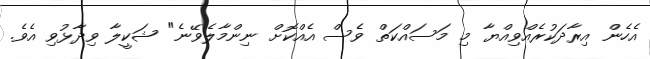
އެހެން އިރާދަކުރެއްވިއްޔާ މި މަސައްކަތް ވެސް އެއްކޮށް ނިންމާލެވޭނެ" ޝަކީލާ ވިދާޅުވި އެވެ.